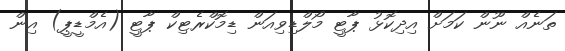
ތަނެއް ނޫން ކަމަށް އިދިކޮޅު ޕާޓީ މޯލްޑިވިއަން ޑިމޮކްރެޓިކް ޕާޓީ (އެމްޑީޕީ) އިން